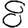
Digit: 8